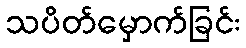
သပိတ်မှောက်ခြင်း